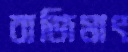
বাজিমাৎ